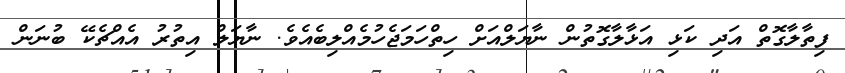
ފިތާލާގޮތް އަދި ކަޅި އަޅާލާގޮތުން ނާޔަލްއަށް ހިތްހަމަޖެހުމެއްލިބެއެވެ. ނާޔަލް އިތުރު އެއްޗެކޭ ބުނަން